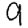
Digit: 9